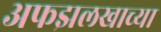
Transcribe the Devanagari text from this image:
अफझलखाच्या